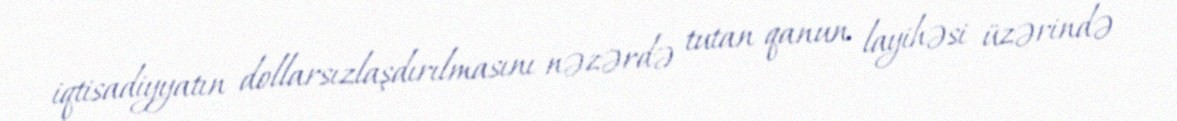
iqtisadiyyatın dollarsızlaşdırılmasını nəzərdə tutan qanun layihəsi üzərində